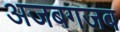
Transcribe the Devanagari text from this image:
अजबगजब